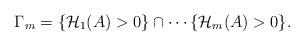
LaTeX: \begin{align*} \begin{aligned} {\Gamma}_m=\{ \mathcal{H}_1(A)>0\}\cap \cdots \{\mathcal{H}_m(A)>0\}. \end{aligned} \end{align*}